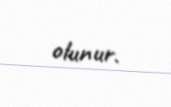
olunur.